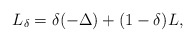
\begin{align*}L_\delta = \delta(-\Delta) + (1-\delta)L,\end{align*}